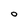
Character: O